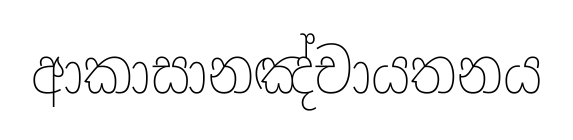
ආකාසානඤ්චායතනය